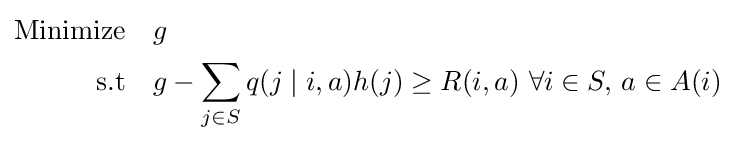
{\begin{aligned}{\text{Minimize}}\quad &g\\{\text{s.t}}\quad &g-\sum _{j\in S}q(j\mid i,a)h(j)\geq R(i,a)\,\,\forall i\in S,\,a\in A(i)\end{aligned}}